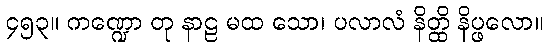
၄၅၃။ ကဏ္ဍော တု နာဠ မထ သော၊ ပလာလံ နိတ္ထိ နိပ္ဖလော။